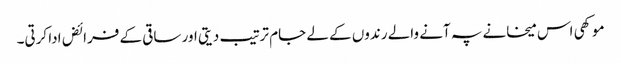
موکھی اس میخانے پہ آنے والے رندوں کے لے جام ترتیب دیتی اور ساقی کے فرائض ادا کرتی۔